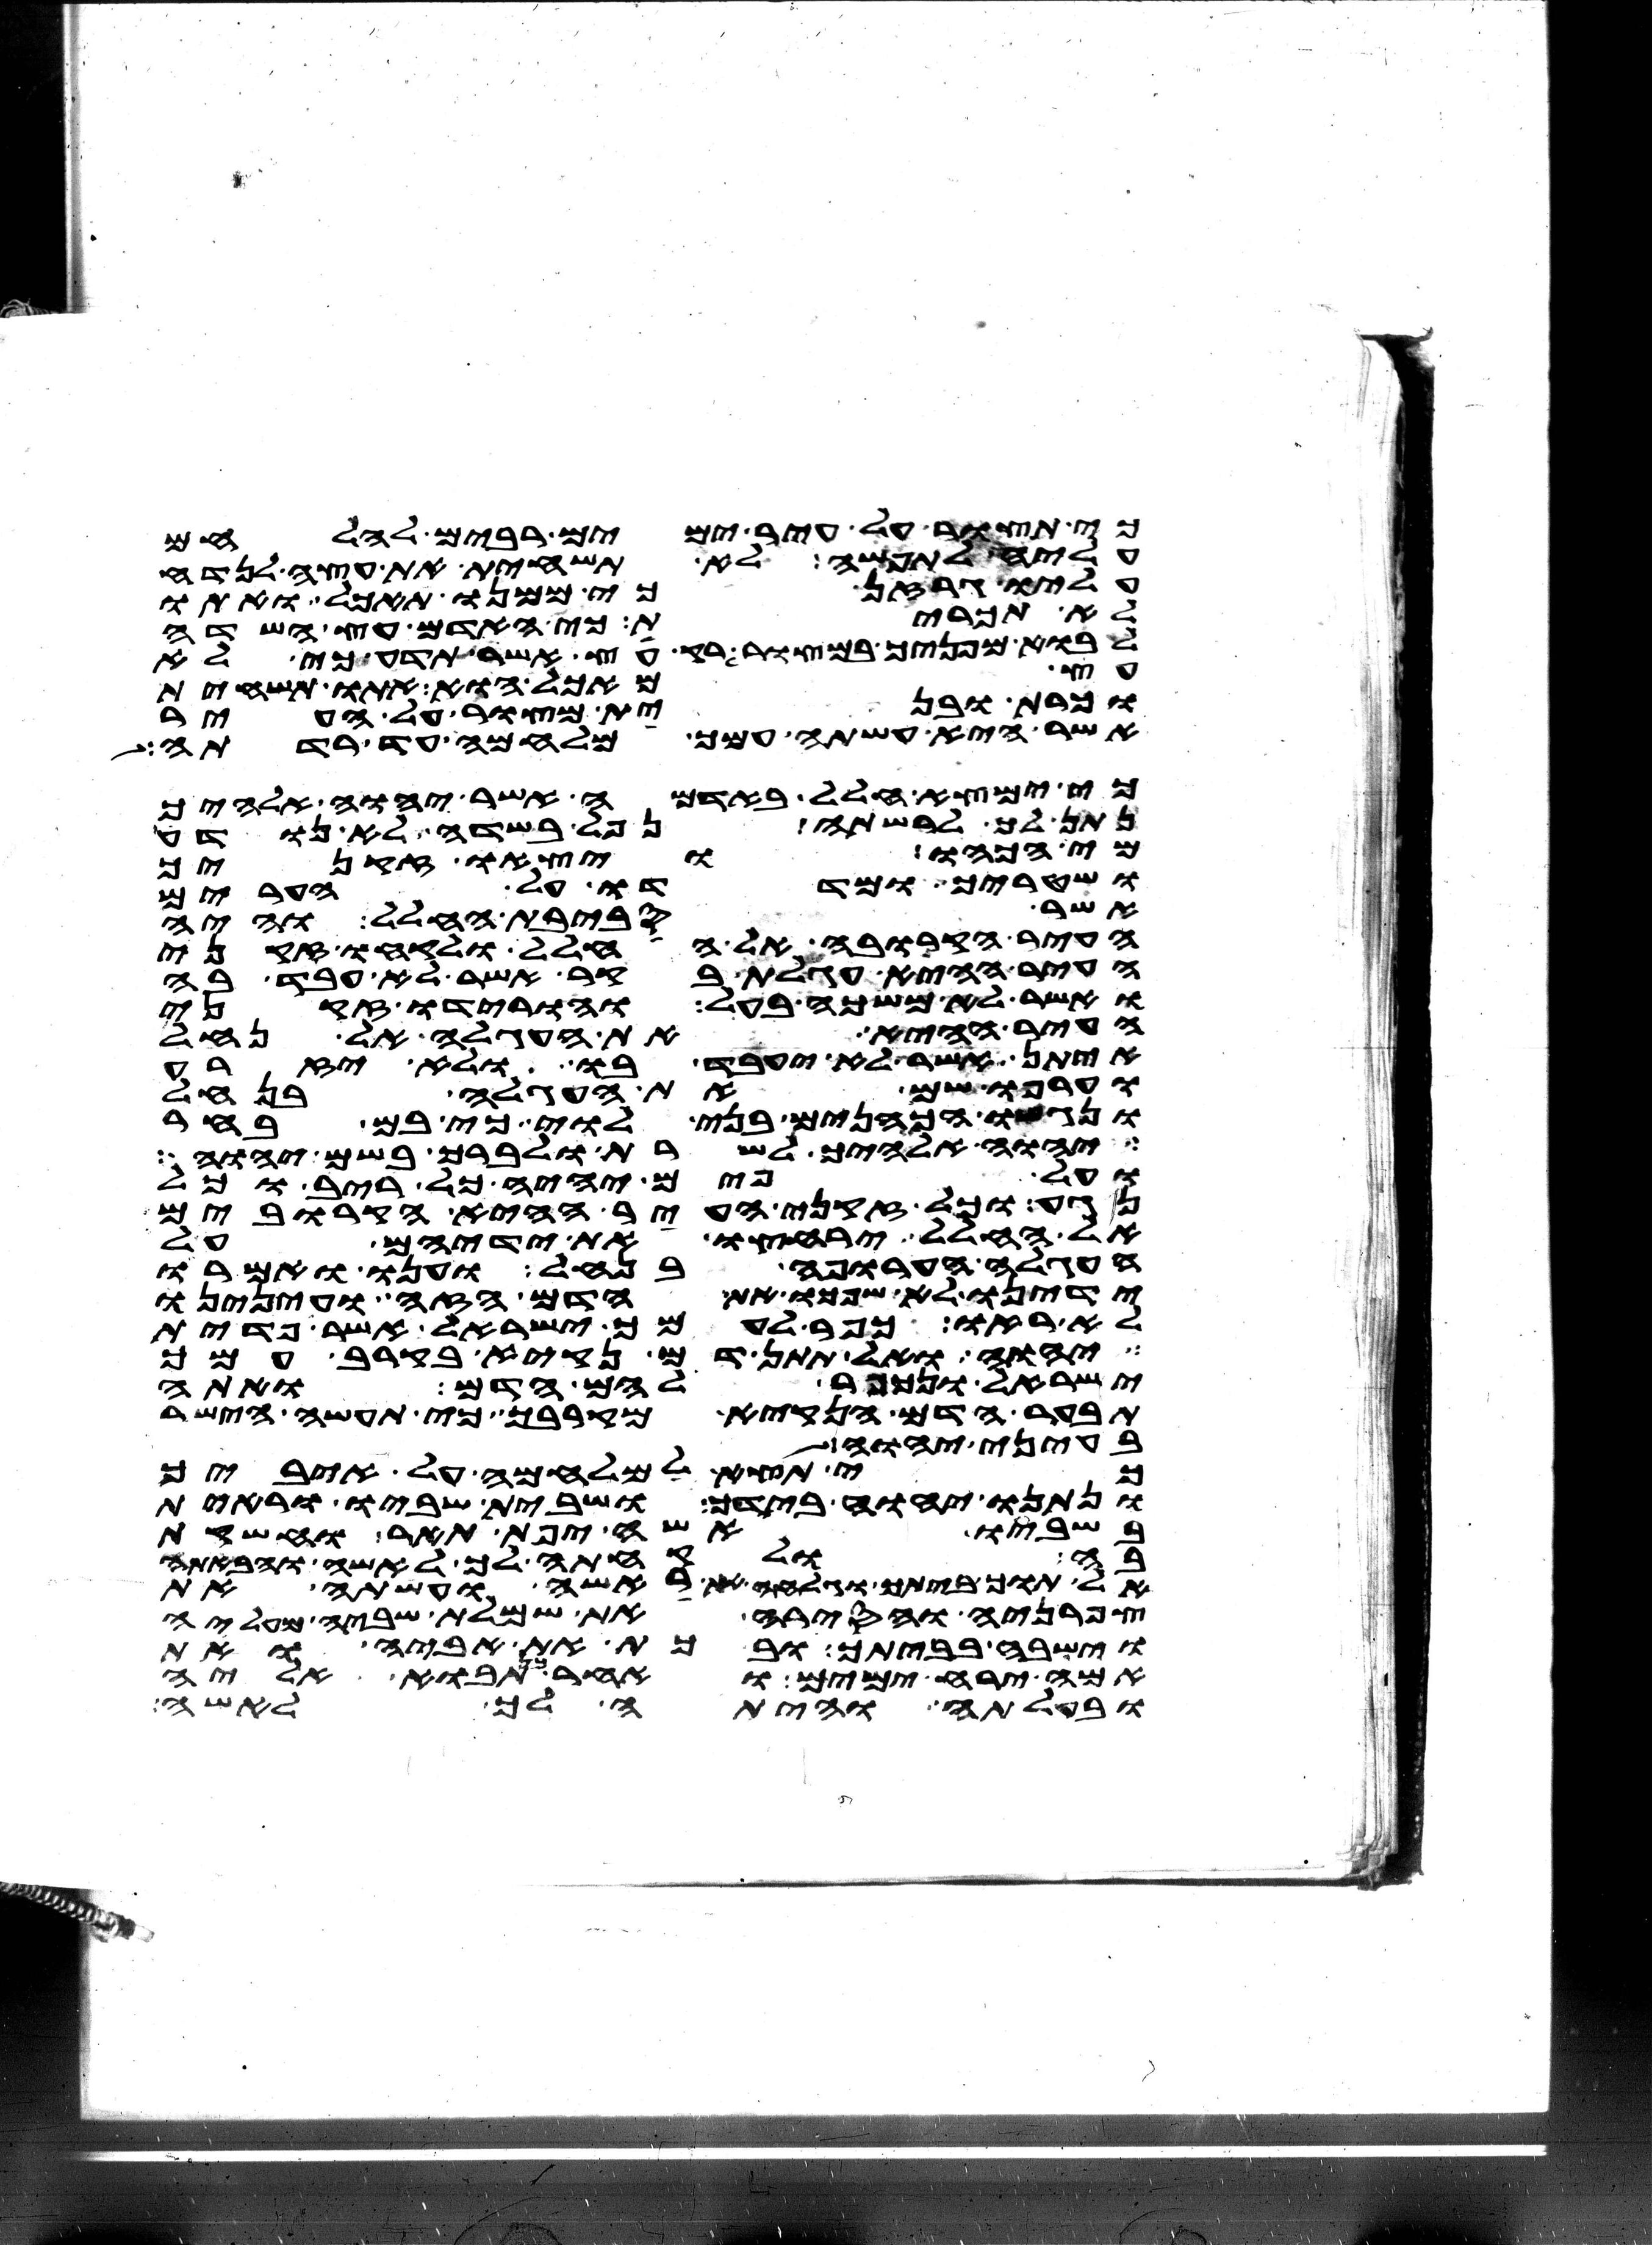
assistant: כי תצור על עיר ימים רבים להלחם
עליה לתפשה לא תשחית את עצה לנדח
עליו גרזן כי ממנו תאכל ואתו
לא תכרית כי האדם עץ השדה
לבוא מפניך במצור רק עץ אשר תדע כי לא
עץ מאכל הוא אתו תשחית
וכרת ובנית מצור על העיר
אשר היא עשתה עמך מלחמה עד רדתה
כי ימצא חלל באדמה אשר יהוה אלהיך
נתן לך לרשתה נפל בשדה לא נודע
מי הכהו ויצאו זקניך
ושטריך ומדדו על הערים
אשר סביבת החלל והיה
העיר הקרובה אל החלל ולקחו זקני
העיר ההיא עגלת בקר אשר לא עבד בה
ואשר לא משכה בעל והורידו זקני
העיר ההיא את העגלה אל נחל
איתן אשר לא יעבד בו ולא יזרע
וערפו שם את העגלה בנחל
ונגשו הכהנים בני לוי כי בם בחר
יהוה אלהיך לשרת ולברך בשם יהוה
ועל פים יהיה כל ריב וכל
נגע וכל זקני העיר הקרובים
אל החלל ירחצו את ידיהם על
העגלה הערופה בנחל וענו ואמרו
ידינו לא שפכו את הדם הזה ועינינו
לא ראו כפר לעמך ישראל אשר פדית
יהוה ואל תתן דם נקיא בקרב עמך
ישראל ונכפר להם הדם ואתה
תבער הדם הנקיא מקרבך כי תעשה הישר
בעיני יהוה
כי תצא למלחמה על איביך
ונתנו יהוה אלהיך בידך ושבית שביו וראית
בשביו אשה יפת תאר וחשקת
בה ולקחתה לך לאשה והבאתה
אל תוך ביתך וגלחה את ראשה ועשתה את
צפרניה והסירה את שמלת שביה מעליה
וישבה בביתך ובכתה את אביה ואת
אמה ירח ימים ואחר כן תבוא אליה
ובעלתה והיתה לך לאשה